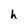
Character: h